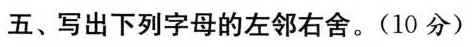
五、写出下列字母的左邻右舍。(10分)